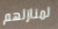
لمنازلهم